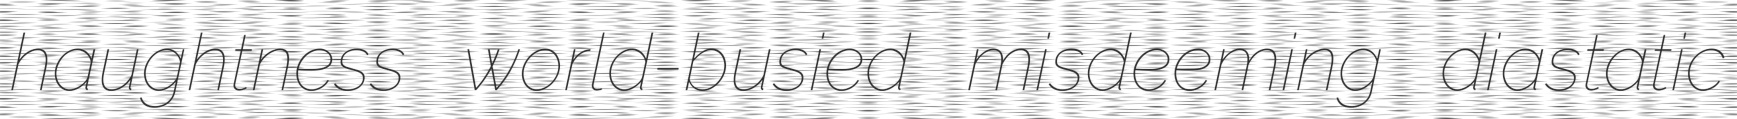
haughtness world-busied misdeeming diastatic